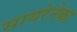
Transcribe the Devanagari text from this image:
सायरेनेका